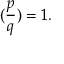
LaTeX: ( { \frac { p } { q } } ) = 1 .